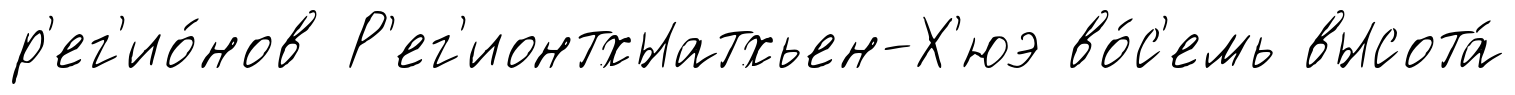
р'ег'ио́нов Р'ег'ионтхыатхьен-Х'юэ во́с'емь высота́